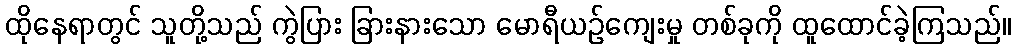
ထိုနေရာတွင် သူတို့သည် ကွဲပြား ခြားနားသော မောရီယဉ်ကျေးမှု တစ်ခုကို ထူထောင်ခဲ့ကြသည်။